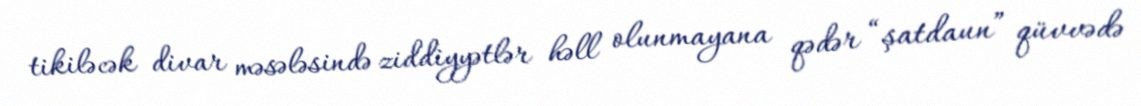
tikiləcək divar məsələsində ziddiyyətlər həll olunmayana qədər “şatdaun” qüvvədə